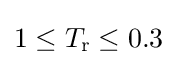
1\leq T_{\text{r}}\leq 0.3